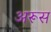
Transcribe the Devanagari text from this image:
अरूस